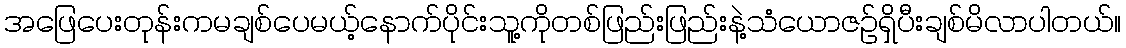
အဖြေပေးတုန်းကမချစ်ပေမယ့်နောက်ပိုင်းသူ့ကိုတစ်ဖြည်းဖြည်းနဲ့သံယောဇဥ်ရှိပီးချစ်မိလာပါတယ်။